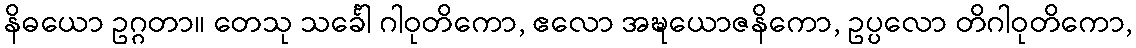
နိဓယော ဥဂ္ဂတာ။ တေသု သင်္ခေါ ဂါဝုတိကော, ဧလော အဍ္ဎယောဇနိကော, ဥပ္ပလော တိဂါဝုတိကော,